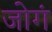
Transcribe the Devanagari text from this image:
जोगं